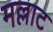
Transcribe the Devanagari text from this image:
मल्लाट